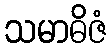
သမာဓိဇံ